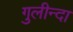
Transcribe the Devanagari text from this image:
गुलीन्दा